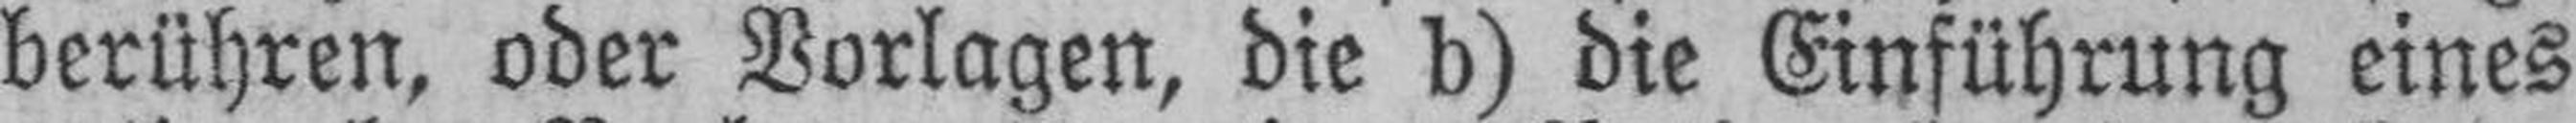
berühren, oder Vorlagen, die d) die Einführung eines